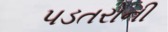
પડતરોની